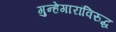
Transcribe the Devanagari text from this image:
गुन्हेगारांविरुद्ध